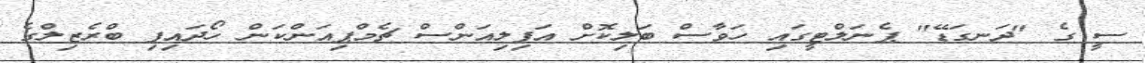
ސީ ގެ "ދަނގަޑޭ" ޕެނަލްޓީގައި ހަވާސް ބަލިކޮށް އަފިލިއަންސް ޗެމްޕިއަންކަން ހޯދައިފި ބްރެޒިލްގެ